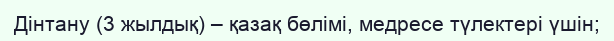
Дінтану (3 жылдық) – қазақ бөлімі, медресе түлектері үшін;